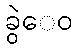
ခွဲေဝ